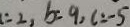
= 2 , b = 9 , c = - 5